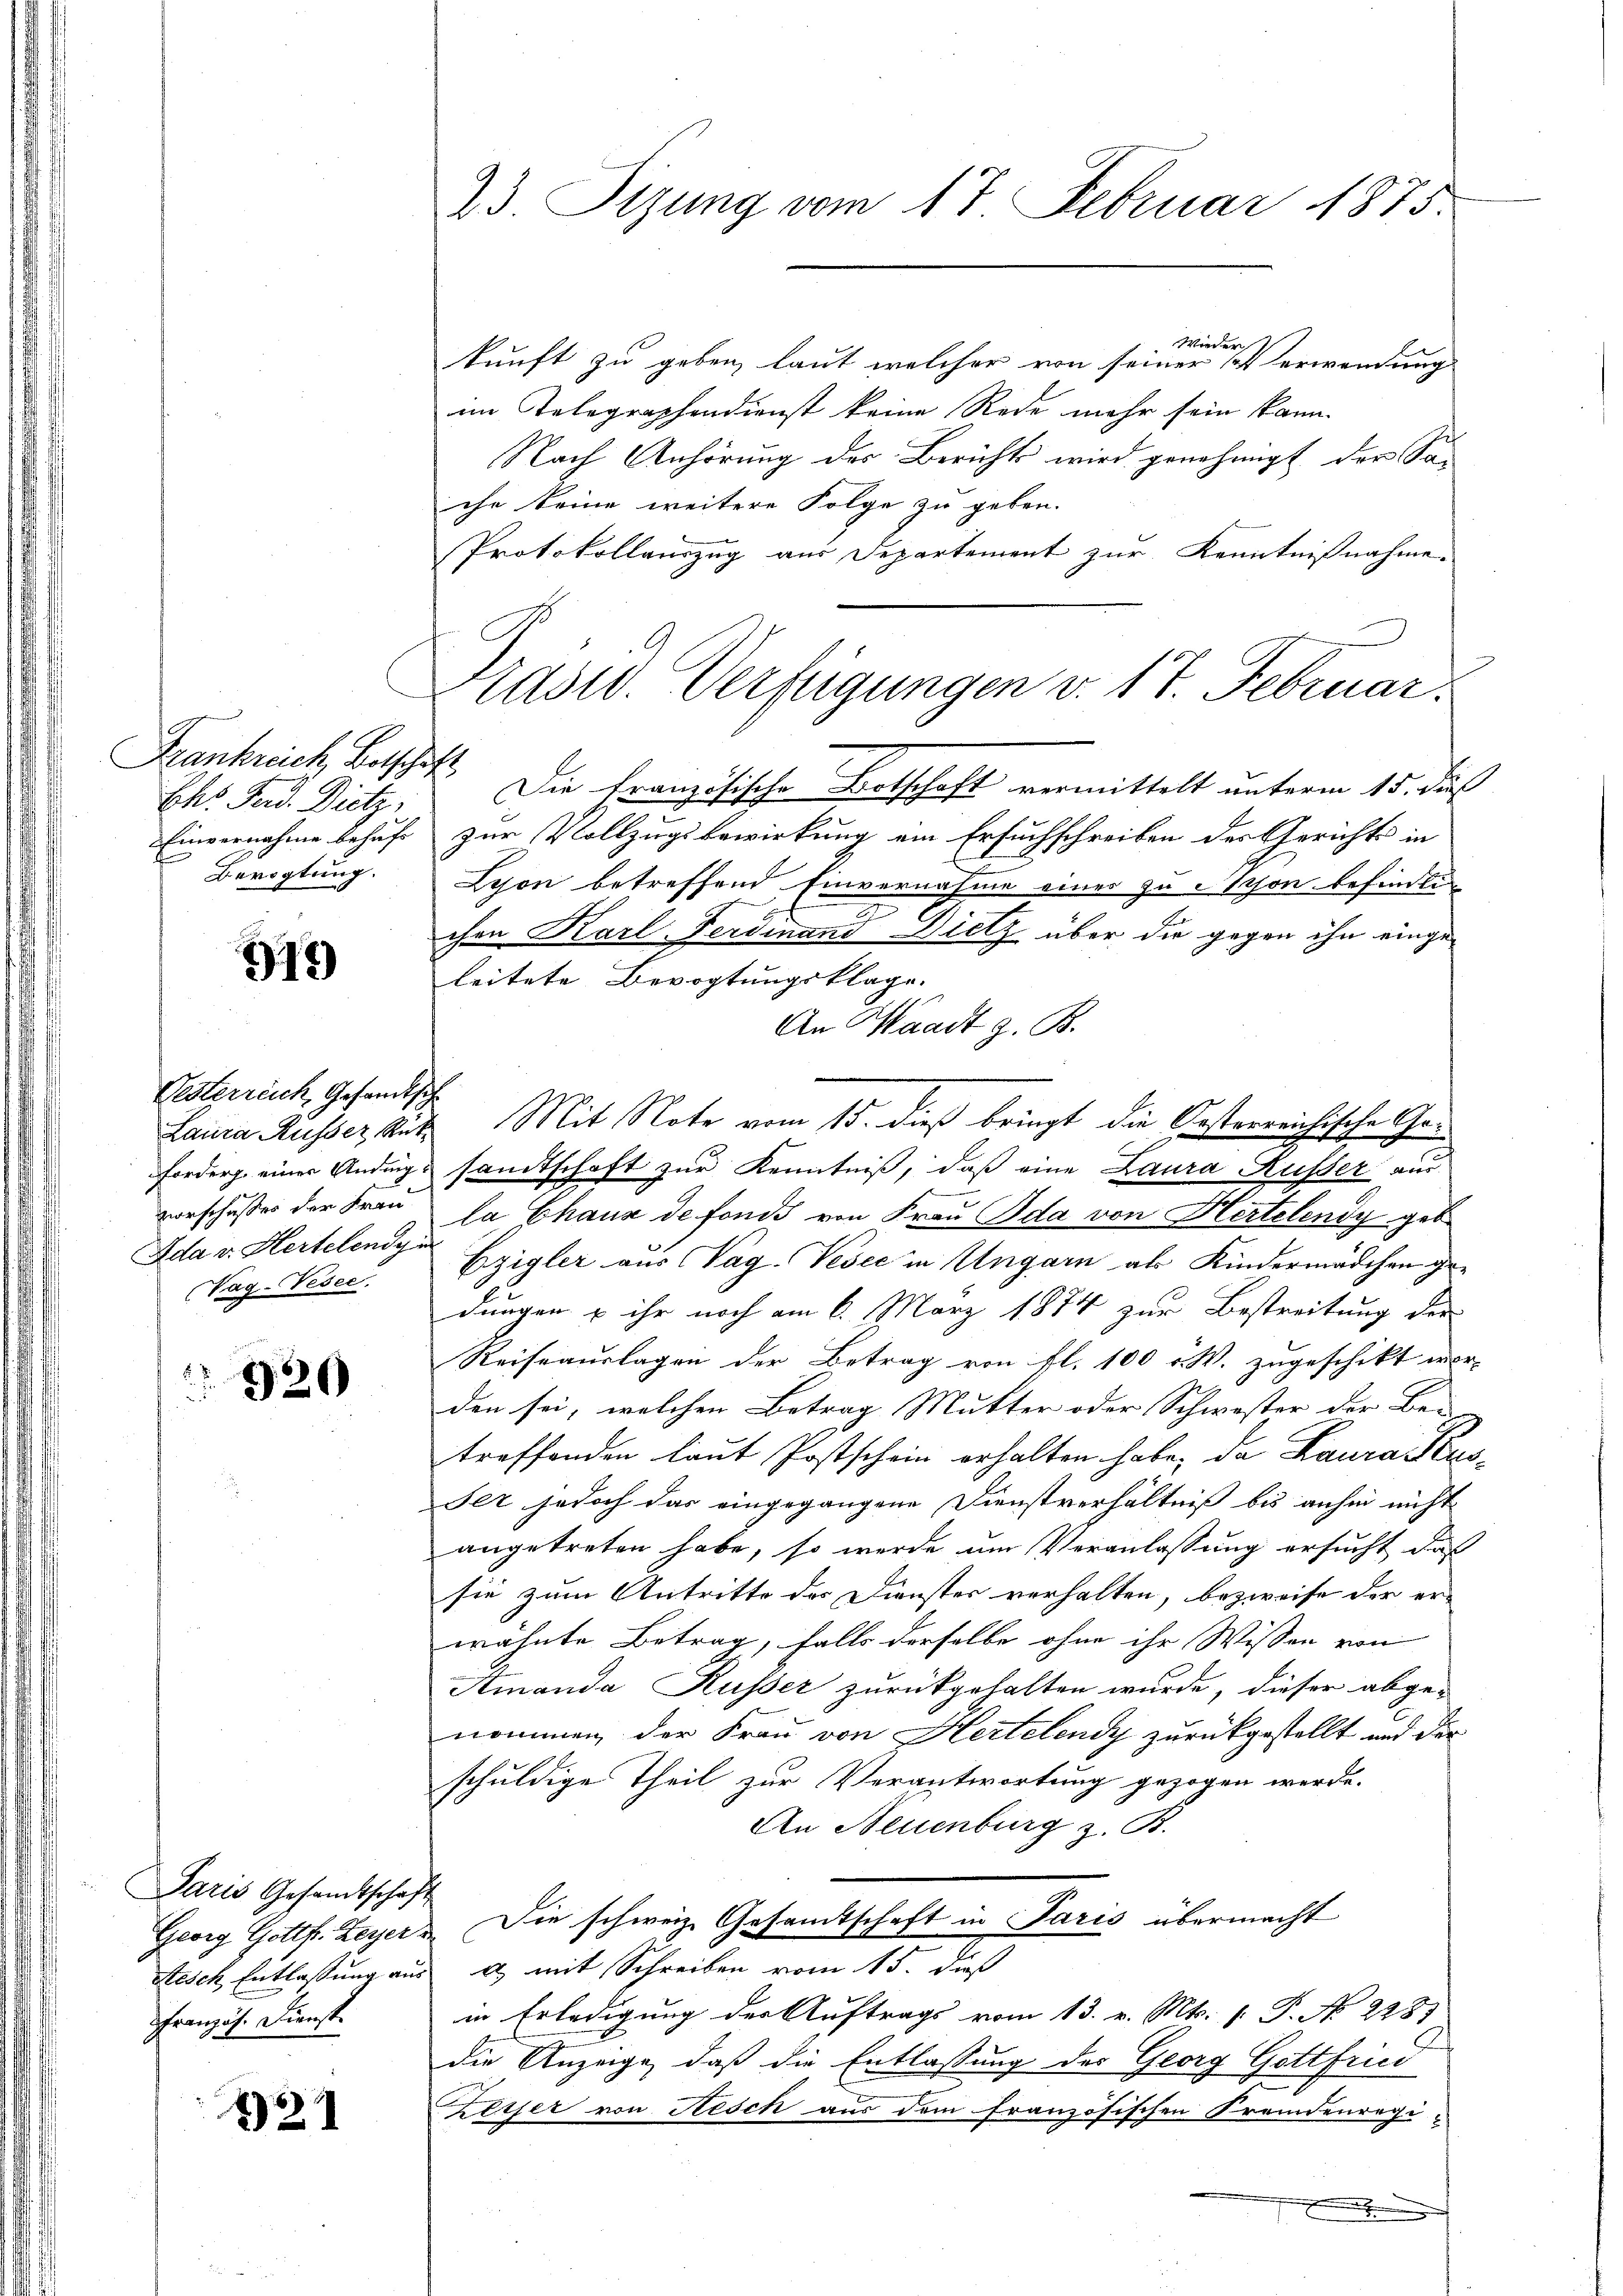
Frankreich, Botschaft
Ehs Ferd. Dietz,
Einvernahme behuf
Bevogtung.

315

Oesterreich, Gesandtsche
vorschusses der Frau
Ada v. Hertelendge
Vag-Vesee.

320

Paris Gesamtschaft
Georg Gottfr. Beyer.
Französ. Dienst

121

23. Sitzung vom 17. Februar 1875.

Wieder
kunft zu geben, laut welcher von seiner hat erwendung
im Telegraphendienst keine Rede mehr sein kann.
Nach Anhörung des Berichts wird genehmigt der Sac
che keine weitere Folge zu geben.
Protokollauszug aus Departement zur Kenntnißnahme.
Präsid. Verfügungen v. 17. Februar.
Die Französische Botschaft vermittelt unterm 15. di
zur Vollzugsbewirkung ein Ersuchschreiben der Gerichts in
Lejon betreffend Einvernahme eines zu schon befindlie
ihre Karl Ferdinand Dietz über die gegen ihn eingeleitete Bevogtungsklage.
An Waadt z. B.
Laura Russer Sutz Mit Note vom 15. dieß bringt die Oesterreichische Ge¬
Forder einer Andings samtschaft zur Kenntniß, daß eine Laura Kusser aus
la Chaux de fonds von Frau Ida von Hertelendy geb.
Ezigler aus Pag. Vesee in Ungarn als Kindermädchen gedungen u ihr noch am 6. März 1874 zur Bestreitung der
Reiseauslagen der Betrag von fl. 100 r. W. zugeschikt wor-
den sei, welchen Betrag Mutter oder Schwester der Bei
troffenden laut Postschein erhalten habe, da Lauratus¬
Ser jedoch das eingegangene Dienstverhältniß bis anhin nicht
angetreten habe, so werde um Veranlassung ersucht, daß
sie zum Antritte des Dienster verhalten, bezweife der erwähnte Betrag, falls derselbe ohne ihr Wissen von
Amanda Kusser zurückgehalten wurde, dieser abge-
nommen der Frau von Hertelendy zurückgestellt und der
schuldige Theil zur Verantwortung gezogen werde.
An Neuenburg z. B.
Die schweiz. Gesamtschaft in Paris übermacht
f
Stesch Entlassung aus u. mit Schreiben vom 15. dieß
in Erledigung der Auftrags vom 13. v. Mts. 1. P. N 228)
die Anzeige, daß die Entlassung des Georg Gottfried
zesser von Nesch aus dem französischen Fremdenregi¬